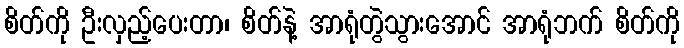
စိတ်ကို ဦးလှည့်ပေးတာ၊ စိတ်နဲ့ အာရုံတွဲသွားအောင် အာရုံဘက် စိတ်ကို